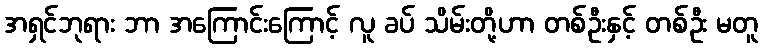
အရှင်ဘုရား ဘာ အကြောင်းကြောင့် လူ ခပ် သိမ်းတို့ဟာ တစ်ဦးနှင့် တစ်ဦး မတူ